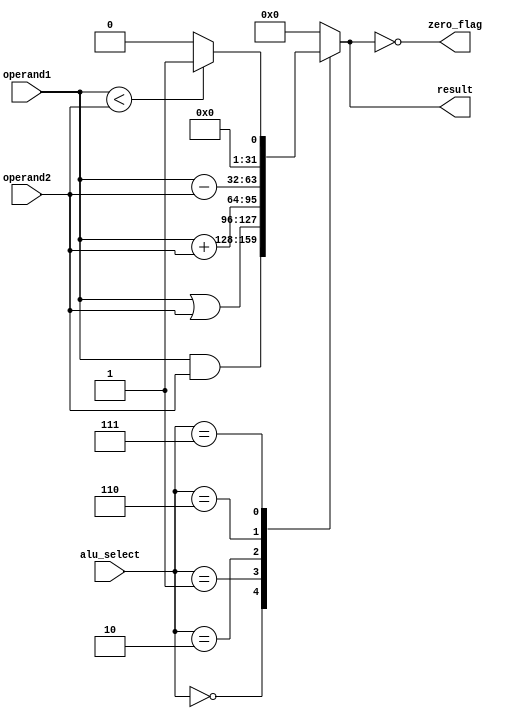
module MyALU(
    input [31:0] operand1,
    input [31:0] operand2,
    input [3:0] alu_select,
    output reg zero_flag,
    output reg [31:0] result
);

always @*
begin 
    case (alu_select)
        4'b0000:
        begin
            result = operand1 & operand2; // AND
        end

        4'b0001:
        begin
            result = operand1 | operand2; // OR
        end

        4'b0010:
        begin
            result = operand1 + operand2; //ADD
        end

        4'b0110:
        begin
            result = operand1 - operand2; //SUB
        end

        4'b0111:
        begin
            result = operand1 < operand2?1:0; // SLT
        end
        default: 
        begin
            result=32'd0;
        end
    endcase

    zero_flag = result == 0;
end

endmodule